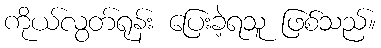
ကိုယ်လွတ်ရုန်း ပြေးခဲ့ရသူ ဖြစ်သည်။